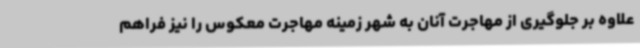
علاوه بر جلوگیری از مهاجرت آنان به شهر زمینه مهاجرت معکوس را نیز فراهم